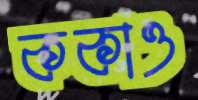
ককাও